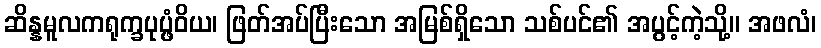
ဆိန္နမူလကရုက္ခပုပ္ဖံဝိယ၊ ဖြတ်အပ်ပြီးသော အမြစ်ရှိသော သစ်ပင်၏ အပွင့်ကဲ့သို့။ အဖလံ၊